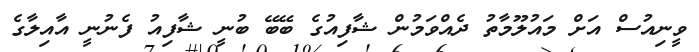
ވީނިއުސް އަށް މައުލޫމާތު ދެއްވަމުން ޝާފިއުގެ ބޭބޭ ބުނީ ޝާފިއު ފެނުނީ އާއިލާގެ